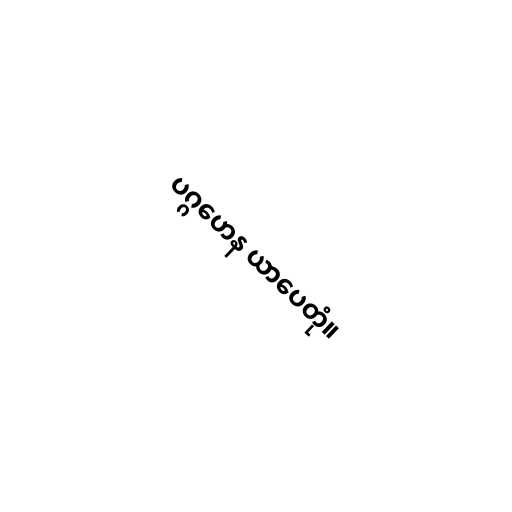
ပဂ္ဂဟေန ယာပေတုံ။